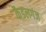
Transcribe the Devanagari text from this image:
कैडलगंज